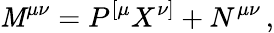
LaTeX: \mathit{M}^{\mu\nu}=P^{[\mu}X^{\nu]}+N^{\mu\nu}\, ,